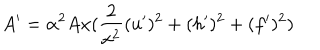
LaTeX: A ^ { \prime } = \alpha ^ { 2 } A x ( \frac { 2 } { x ^ { 2 } } ( u ^ { \prime } ) ^ { 2 } + ( h ^ { \prime } ) ^ { 2 } + ( f ^ { \prime } ) ^ { 2 } )